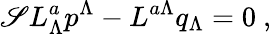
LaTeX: \mathscr{S}L_{\Lambda}^{a}p^{\Lambda}-L^{a\Lambda}q_{\Lambda}=0\ ,